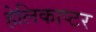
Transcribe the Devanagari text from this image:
हेलिकाप्‍टर